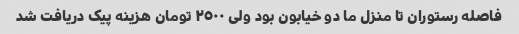
فاصله رستوران تا منزل ما دو خیابون بود ولی ٢٥٠٠ تومان هزینه پیک دریافت شد